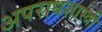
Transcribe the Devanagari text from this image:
अपराधशास्त्री